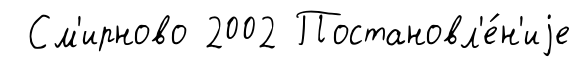
См'ирново 2002 Постановл'е́н'иjе